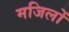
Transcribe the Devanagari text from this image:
मजिलों